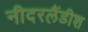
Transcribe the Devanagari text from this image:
नीदरलैंडीश